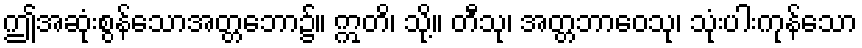
ဤအဆုံးစွန်သောအတ္တဘော၌။ ဣတိ၊ သို့။ တီသု၊ အတ္တဘာဝေသု၊ သုံးပါးကုန်သော